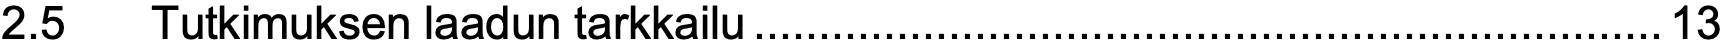
2.5  Tutkimuksen laadun tarkkailu......................................................................13